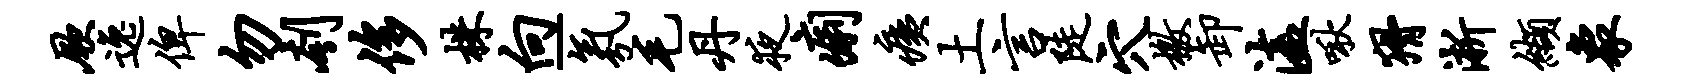
厥逸俾勿刳侈株向-氛毛丹夜痢痍土言陡穴檄卸溘啾猾淅缬象